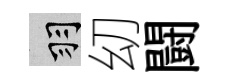
羽㓜闘